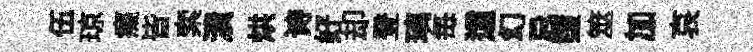
伍琼癡皆索潰烘诗好却登璃毎這幻忌墮筮加哀